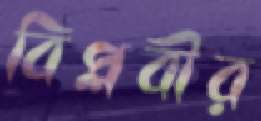
বিপ্লবীর